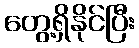
တွေ့ရှိနိုင်ပြီး